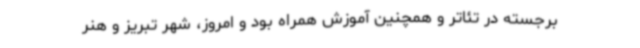
برجسته در تئاتر و همچنین آموزش همراه بود و امروز، شهر تبریز و هنر